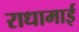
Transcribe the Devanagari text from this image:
राधामाई